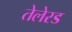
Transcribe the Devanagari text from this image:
तेलेरड